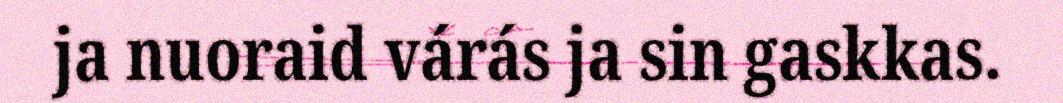
ja nuoraid várás ja sin gaskkas.